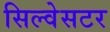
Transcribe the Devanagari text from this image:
सिल्वेसटर